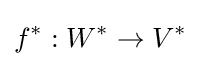
f^{*}:W^{*}\to V^{*}